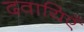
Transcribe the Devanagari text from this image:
दवायिएँ